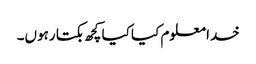
خدا معلوم کیا کیا کچھ بکتا رہوں۔